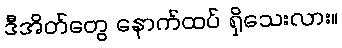
ဒီအိတ်တွေ နောက်ထပ် ရှိသေးလား။